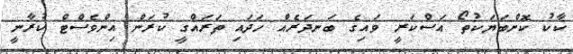
ކާކު ކޮންބަޔަކުތޯ އަސްކަރީ ވައިގެ ބަނދަރެއް ހަދައި ތަރައްގީ ކުރަން އިންވެސްޓް ކުރާނީ